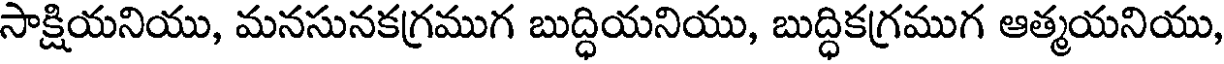
సాక్షియనియు, మనసునకగ్రముగ బుద్ధియనియు, బుద్ధికగ్రముగ ఆత్మయనియు,